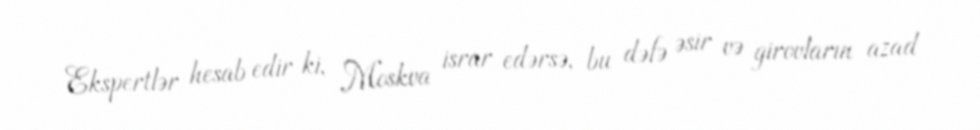
Ekspertlər hesab edir ki, Moskva israr edərsə, bu dəfə əsir və girovların azad